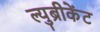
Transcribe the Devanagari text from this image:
ल्युब्रीकेंट